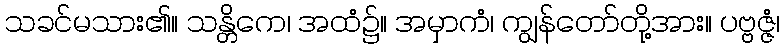
သခင်မသား၏။ သန္တိကေ၊ အထံ၌။ အမှာကံ၊ ကျွန်တော်တို့အား။ ပဗ္ဗဇ္ဇံ၊